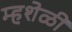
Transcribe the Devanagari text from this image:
म्हशेळी